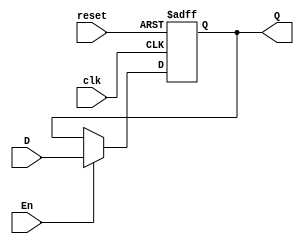
module flip_flop(input clk, reset,En, D, output reg Q);
  always @ (posedge clk or posedge reset)begin
    if (reset)
      Q <= 1'b0;
    else if (En)
      Q <= D;
  end
endmodule



module flip_flop_2(input clk, reset, En, input wire [1:0]D, output [1:0]Q);

  flip_flop a(clk, reset, En, D[1], Q[1]);
  flip_flop a1(clk, reset, En, D[0], Q[0]);

endmodule